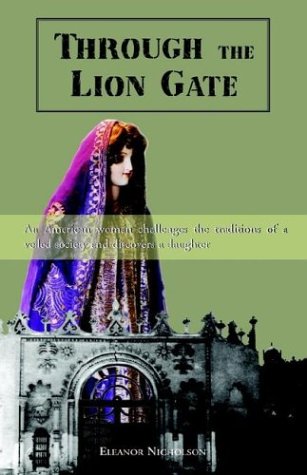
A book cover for Through the Lion Gate: An American Woman Challenges the Traditions of a Veiled Society and Discovers a Daughter; Eleanor Nicholson; Travel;